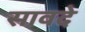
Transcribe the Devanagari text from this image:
सावदे